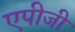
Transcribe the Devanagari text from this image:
एपीजी